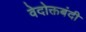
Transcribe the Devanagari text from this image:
वेदोक्तबंदी